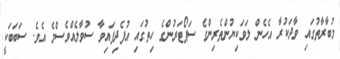
މުބާރާތުގައި ވާދަކުރާ އެހެން ލަވަކިޔުންތެރިންގެ ސަޕޯޓަރުންގެ ހިތުގައި އުފެދިފައިވާ ސުވާލެއްވެސްމެ އެވެ. ސަބަބަކީ